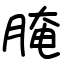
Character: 腌